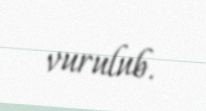
vurulub.